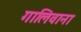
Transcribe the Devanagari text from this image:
गालिवाना